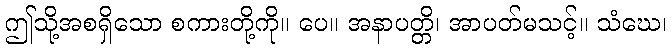
ဤသို့အစရှိသော စကားတို့ကို။ ပေ။ အနာပတ္တိ၊ အာပတ်မသင့်။ သံဃေ၊